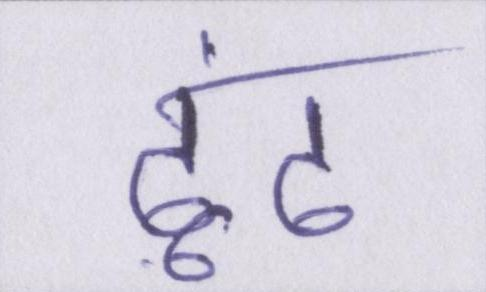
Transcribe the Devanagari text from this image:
ढूंढ